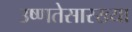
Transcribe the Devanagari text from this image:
उष्णतेसारख्या